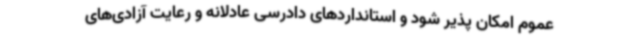
عموم امکان پذیر شود و استانداردهای دادرسی عادلانه و رعایت آزادی‌های